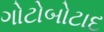
ગોટોબોટાદ